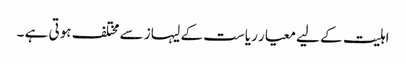
اہلیت کے لیے معیار ریاست کے لیہاز سے مختلف ہوتی ہے ۔